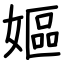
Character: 嫗